Vaccination in Bombay 1913-1923 - 1913-1923
Year: 1913
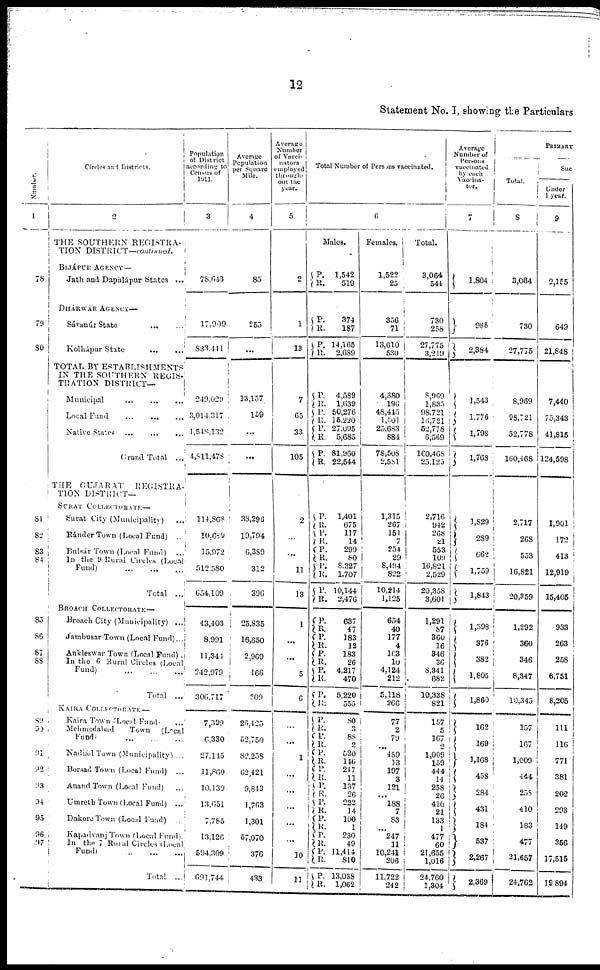
12
Statement No. I, showing the Particulars
Number.
1
78
79
80
81
82
83
84
85
86
67
88
89
90
91
92
93
94
95
96
97
Circles and Districts.
2
THE SOUTHERN REGISTRA-
TION DISTRICT—continued.
BIJÁPUR AGENCY—
Jath and Daphlápur States ...
DHÁRWÁR AGENCY—
Sávanúr State
... ...
Kolhápur State
...
...
TOTAL BY ESTABLISHMENTS
IN THE SOUTHERN REGIS¬
TRATION DISTRICT—
Municipal
...
...
...
Local Fund
...
...
...
Native States ...
...
...
Grand Total ...
THE GUJARAT
REGISTRA-
TION DISTRICT—
SURAT COLLECTORATE—
Surat City (Municipality) ...
Ránder Town (Local Fund) ...
Bulsár Town (Local Fund) ...
In the 9 Rural Circles (Local
Fund)
...
...
...
Total ...
BROACH COLLECTORATE—
Broach City (Municipality) ...
Jambusar Town (Local Fund)...
Ankleswar Town (Local Fund) .
In the 6 Rural Circle (Local
Fund) ... ... ...
Total ...
KAIRA COLLECTORATE —
Kaira Town Local Fund ...
Mehmedabad Town (Local
Fund) ... ... ...
Nadiád Town (Municipality) ...
Borsad Town (Local Fund) ...
Anand Town (Local Fund) ...
Umreth Town (Local Fund) ...
Dakore Town (Local Fund) ...
Kapadvanj Town (Local Fund)
In the 7 Rural Circle (Local
Fund) ... ... ...
Total ...
Population
of District
according to
Census of
1911.
3
78,643
17,909
833,441
249,029
3,014,317
1,548,132
4,811,478
114,868
10,689
15,972
512,580
654,109
43,403
8,991
11,344
242,979
306,717
7,399
6,330
27,145
11,860
10,139
13,651
7,785
13,126
594,309
691,744
Average
Population
per Square
Mile.
4
85
255
...
13,157
159
...
...
38,296
19,794
6,389
312
396
25,835
16,650
2,969
166
209
26,425
52,750
82,258
62,421
9,843
1,763
1,301
57,070
376
433
Average
Number
of Vacci¬
nators
employed
through¬
out the
year.
5
2
1
13
7
65
33
105
2
...
...
11
13
1
...
...
5
6
...
...
1
...
...
...
...
...
10
11
Total Number of Persons vaccinated.
6
Males.
P.
R.
1,542
519
P.
R.
P.
R.
374
187
14,165
2,689
P.
R.
P.
R.
P.
R.
P.
R.
4,589
1,639
50,276
15,220
27,095
5,685
81,960
22,544
P. R.
P.
R.
P.
R.
P.
R.
P.
R.
1,401
675
117
14
299
80
8,327
1,707
10,144
2,476
P.
R.
P.
R.
P.
R. P.
R.
P.
R.
637
47
183
12
183
26
4,217
470
5,220
555
P.
R.
P.
R.
P.
R.
P.
R.
P.
R.
P.
R.
P.
R.
P.
R.
P.
R.
P.
R.
80
3
88
2
520
146
247
11
137
26
222
14
100
1
230
49
11,414
810
13,038
1,062
Females.
1,522
25
356
71
13,610
530
4,380
196
48,445
1,501
25,683
884
78,508
2,581
1,315
267
151
7
254
29
8,494
822
10,214
1,125
654
40
177
4
103
10
4,124
212
5,118
266
77
2
79
...
489
13
197
3
121
...
188
7
83
...
247
11
10,241
206
11,722
242
Total.
3,064
544
730
258
27,775
3,219
8,969
1,835
98,721
16,721
52,778
6,569
160,468
25,125
2,716
942
268
21
553
109
16,821
2,529
20,358
3,601
1,291
87
360
16
346
36
8,341
682
10,338
821
157
5
167
2
1,009
159
444
14
258
26
410
21
133
1
477
60
21,655
1,016
24,760
1,304
Average
Number of
Persons
vaccinated
by each
Vaccina¬
tor.
7
1,804
988
2,384
1,543
1,776
1,798
1,768
1, 829
289
662
1,759
1,843
1,398
376
382
1,805
1,860
162
169
1,168
458
284
431
184
537
2,267
2,369
PRIMARY
Total.
8
3,064
730
27,775
8,969
98,721
52,778
160,468
2,717
268
553
16,821
20,359
1,292
360
346
8,347
10,345
157
167
1,009
444
258
410
183
477
21,657
24,762
Suc
Under
1 year.
9
2,155
649
21,848
7,440
75,343
41,815
124,598
1,901
172
413
12,919
15,405
933
263
258
6,751
8,205
111
116
771
381
202
293
149
356
17,515
19,894